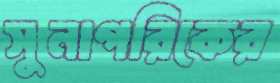
সুনাগরিকের